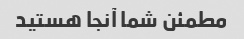
مطمئن شما آنجا هستید